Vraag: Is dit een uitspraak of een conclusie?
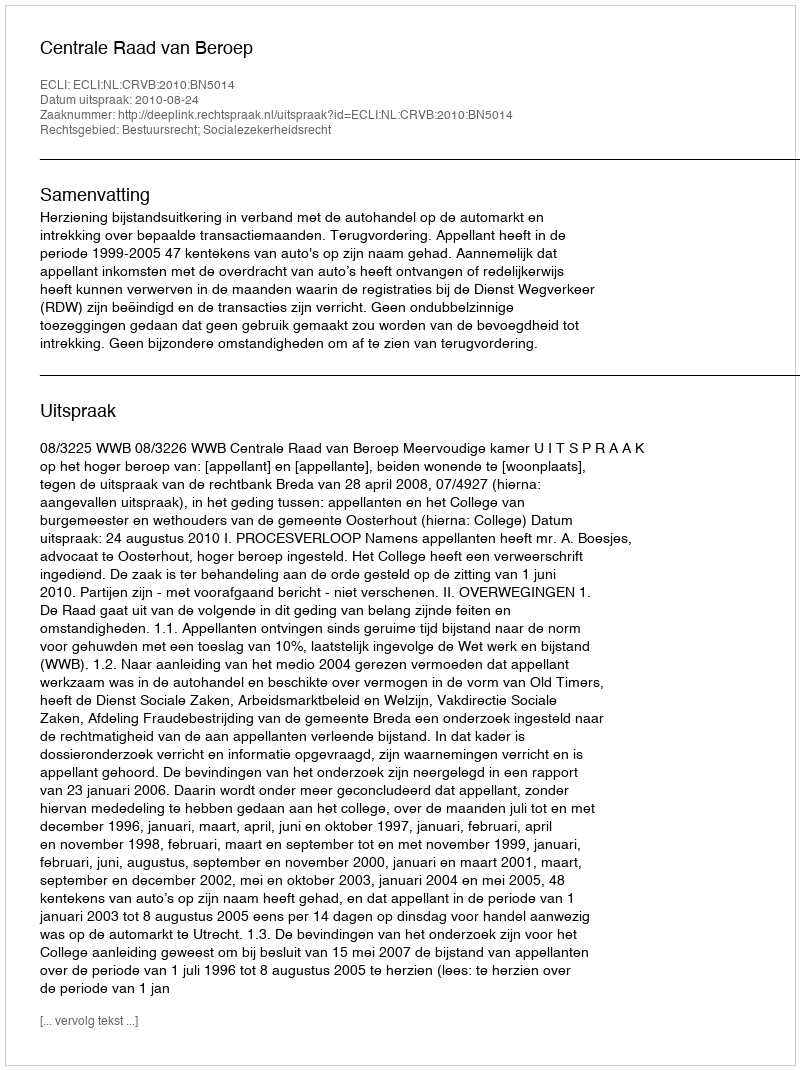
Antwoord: Uitspraak